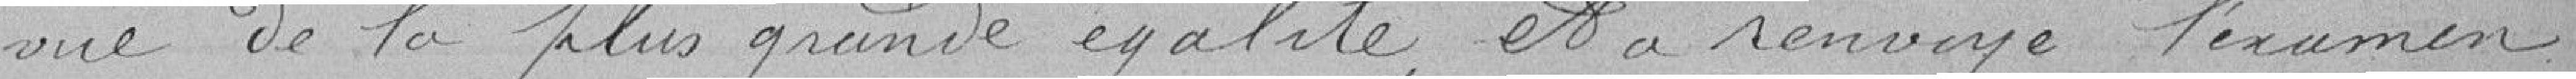
vue de la plus grande égalité et à renvoyé l'examen